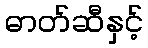
ဓာတ်ဆီနှင့်